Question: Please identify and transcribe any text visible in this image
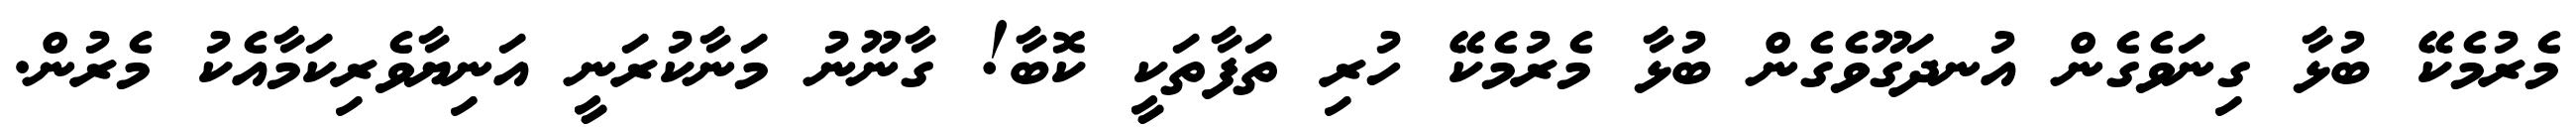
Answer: މެރުމެކޭ ބުޅާ ގިނަވެގެން އުނދަގޫވެގެން ބުޅާ މެރުމެކޭ ހުރި ތަފާތަކީ ކޮބާ! ގާނޫނު މަނާކުރަނީ އަނިޔާވެރިކަމާއެކު މެރުން.